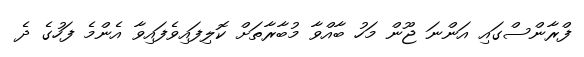
ފްރާންސްގައި އަންނަ ޖޫން މަހު ބާއްވާ މުބާރާތަށް ކޮލިފައިވެފައިވާ އެންމެ ފަހުގެ ދެ